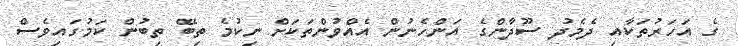
ގެ އަހަރުތަކާއި ދެމެދު ސޫދާންގެ އަންހެނުން އެއްވުންތަކަށް ނިކުމެ ތިބޭ ތިބުން ކަމުގައިވެސް